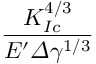
\frac { K _ { I c } ^ { 4 / 3 } } { E ^ { \prime } \varDelta \gamma ^ { 1 / 3 } }